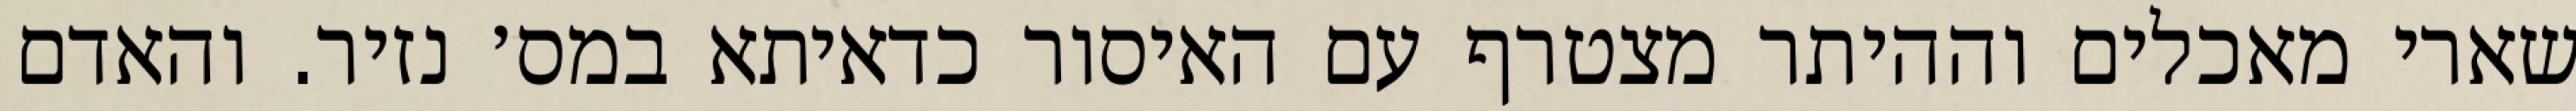
שארי מאכלים וההיתר מצטרף עם האיסור כדאיתא במס׳ נזיר. והאדם